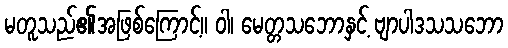
မတူသည်၏အဖြစ်ကြောင့်။ ဝါ၊ မေတ္တသဘောနှင့် ဗျာပါဒသသဘော